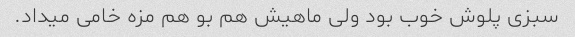
سبزی پلوش خوب بود ولی ماهیش هم بو هم مزه خامی میداد.